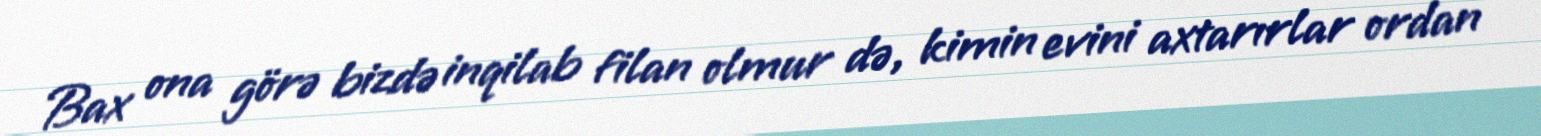
Bax ona görə bizdə inqilab filan olmur də, kimin evini axtarırlar ordan